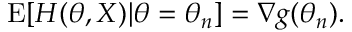
\operatorname { E } [ H ( \theta , X ) | \theta = \theta _ { n } ] = \nabla g ( \theta _ { n } ) .